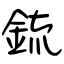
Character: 鋶